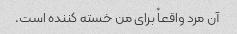
آن مرد واقعاً برای من خسته کننده است.